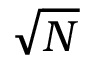
\sqrt { N }